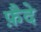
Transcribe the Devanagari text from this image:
फ़ैदे